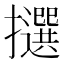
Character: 𢸷